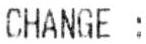
CHANGE :